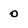
Character: 0